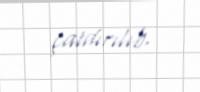
çatdırılıb.